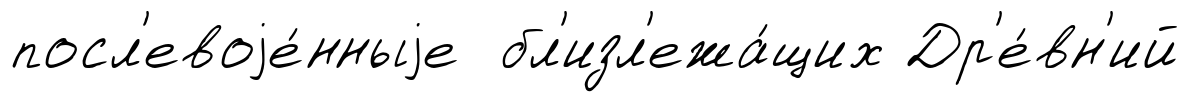
посл'евоjе́нныjе бл'изл'ежа́щих Др'е́вн'ий